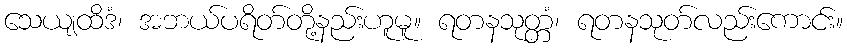
သေယျထိဒံ၊ အဘယ်ပရိတ်တို့နည်းဟူမူ။ ရတနသုတ္တံ၊ ရတနသုတ်လည်းကောင်း။